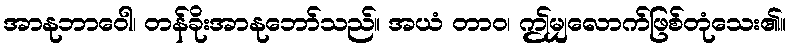
အာနုဘာဝေါ၊ တန်ခိုးအာနုဘော်သည်။ အယံ တာဝ၊ ဤမျှလောက်ဖြစ်တုံသေး၏။